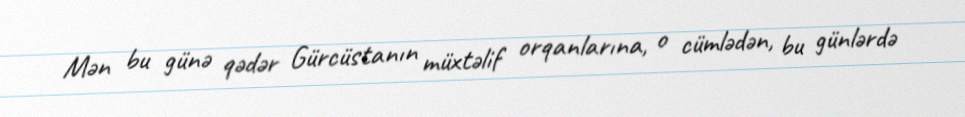
Mən bu günə qədər Gürcüstanın müxtəlif orqanlarına, o cümlədən, bu günlərdə